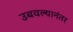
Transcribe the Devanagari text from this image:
उबवल्यानंतर